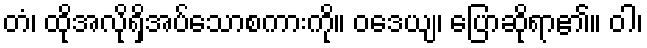
တံ၊ ထိုအလိုရှိအပ်သောစကားကို။ ဝဒေယျ၊ ပြောဆိုရာ၏။ ဝါ၊